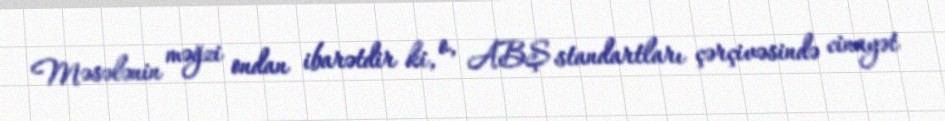
Məsələnin məğzi ondan ibarətdir ki, o, ABŞ standartları çərçivəsində cinayət